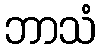
ဘာသံ